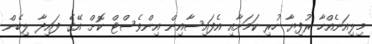
މިލިއަނެއްހާ ރުފިޔާ ހުރި ކަމަށާއި އެފައިސާއިން އިންވެސްޓް ކޮށް އޭގެ ފައިދާ ލިބެން